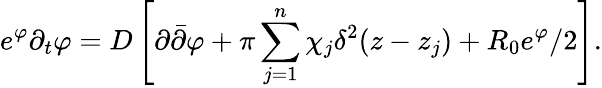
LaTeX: e^{\varphi}\partial_{t}\varphi=D\left[\partial\bar{\partial}\varphi+\pi\sum_{j=1}^{n}\chi_{j}\delta^{2}(z-z_{j})+R_{0}e^{\varphi}/2\right].